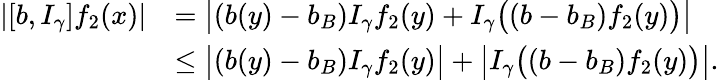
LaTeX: \begin{array}{rl}{|[b,I_{\gamma}]f_{2}(x)|}&{=\big|(b(y)-b_{B})I_{\gamma}f_{2}(y)+I_{\gamma}\big((b-b_{B})f_{2}(y)\big)\big|}\\ &{\leq\big|(b(y)-b_{B})I_{\gamma}f_{2}(y)\big|+\big|I_{\gamma}\big((b-b_{B})f_{2}(y)\big)\big|.}\end{array}